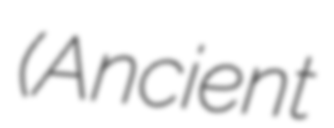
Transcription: (Ancient